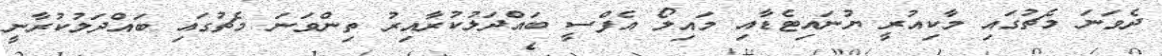
ދެވަނަ މެޗުގައި މާކިއުރީ ޔުނައިޓެޑާއި މައިލޯ އެފްސީ ބައްދަލުކުރާއިރު ތިންވަނަ މެޗުގައި ބައްދަލުކުރާނީ